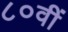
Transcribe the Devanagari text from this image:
८०वीं